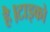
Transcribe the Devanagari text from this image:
है।टाइको